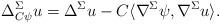
LaTeX: \begin{align*}\Delta_{C\psi}^{\Sigma}u= \Delta^\Sigma u- C\langle\nabla^\Sigma \psi, \nabla^\Sigma u\rangle.\end{align*}